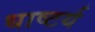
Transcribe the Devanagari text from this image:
धाष्टर्य